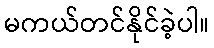
မကယ်တင်နိုင်ခဲ့ပါ။